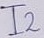
Text: I2